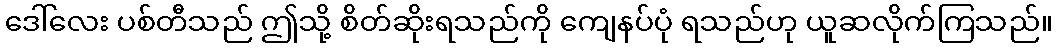
ဒေါ်လေး ပစ်တီသည် ဤသို့ စိတ်ဆိုးရသည်ကို ကျေနပ်ပုံ ရသည်ဟု ယူဆလိုက်ကြသည်။